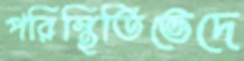
পরিস্থিতিভেদে